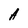
Character: A